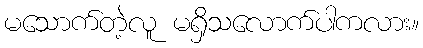
မသောက်တဲ့လူ မရှိသလောက်ပါကလား။